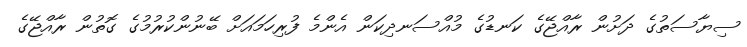
ސިޔާސަތުގެ ދަށުން ރާއްޖޭގެ ކަނޑުގެ މުއްސަނދިކަން އެންމެ ފުރިހަމައަށް ބޭނުންކުރުމުގެ ގޮތުން ރާއްޖޭގެ